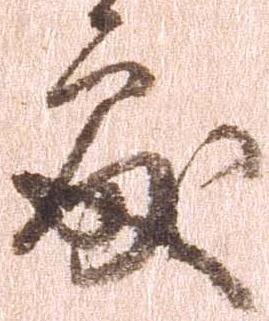
処